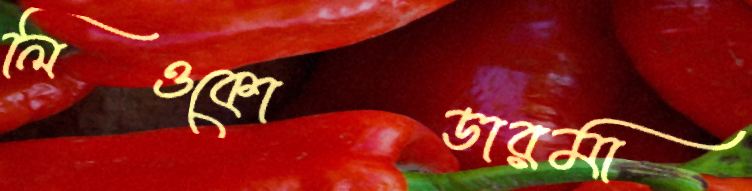
লিওকোডারমা